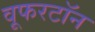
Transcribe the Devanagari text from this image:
वूफरटॉन